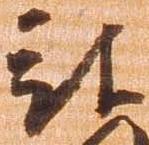
被